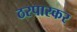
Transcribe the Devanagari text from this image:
ठरपारकर